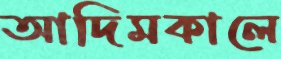
আদিমকালে